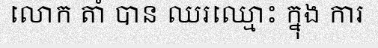
លោក តាំ បាន ឈរឈ្មោះ ក្នុង ការ